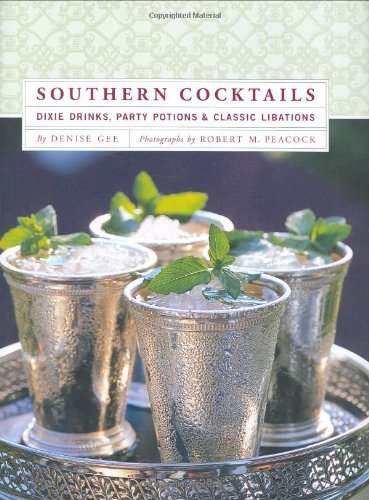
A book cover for Southern Cocktails: Dixie Drinks, Party Potions, and Classic Libations; Denise Gee; Cookbooks, Food & Wine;